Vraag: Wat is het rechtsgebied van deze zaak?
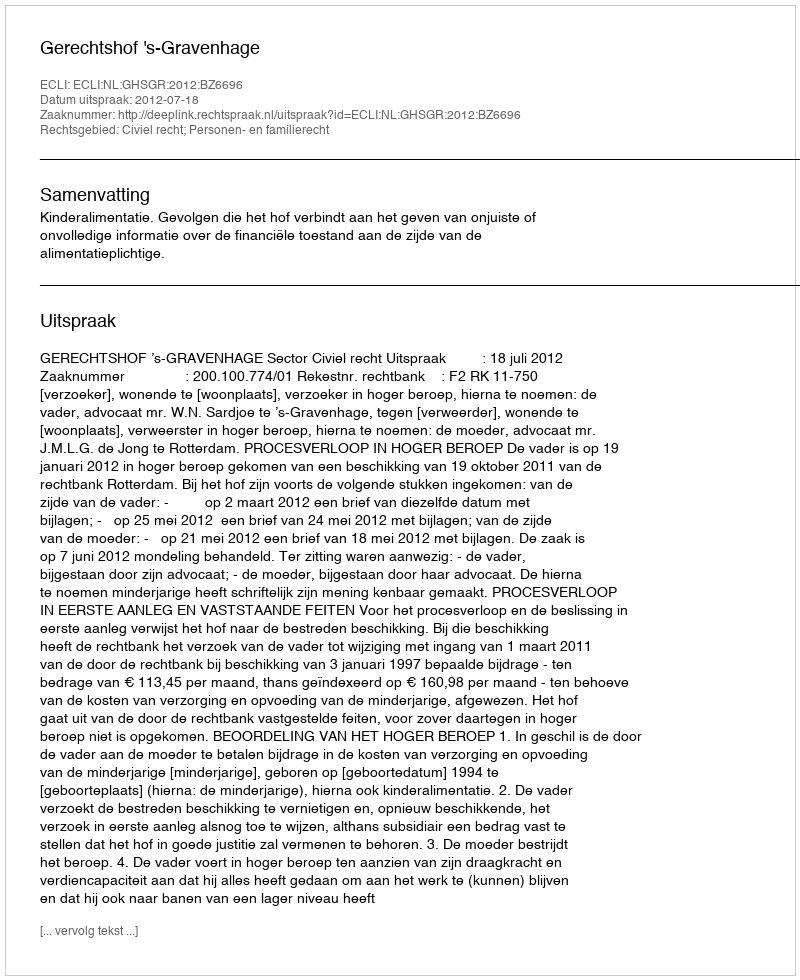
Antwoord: Civiel recht; Personen- en familierecht